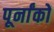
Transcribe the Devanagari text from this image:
पूर्नांकों